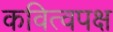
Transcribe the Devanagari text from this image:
कवित्वपक्ष